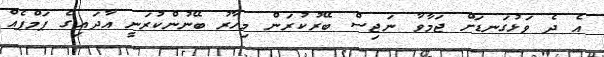
އެ ދެ ވަޅުގަނޑަށް ޖަމާވާ ނަޖިސް ބޭރުކުރަން މިހާރު ބޭނުންކުރަނީ އާދައިގެ ޕަމްޕެއް